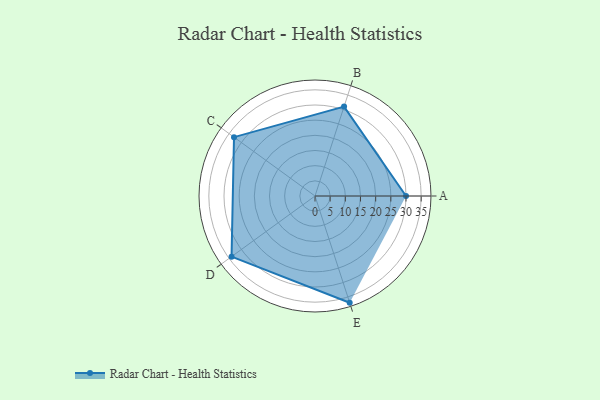
{"axis": {"x": "Skill", "y": "Score"}, "legend": ["Profile"], "data": [{"x": "A", "y": 30.0, "type": "Profile"}, {"x": "B", "y": 31.0, "type": "Profile"}, {"x": "C", "y": 33.0, "type": "Profile"}, {"x": "D", "y": 34.0, "type": "Profile"}, {"x": "E", "y": 37.0, "type": "Profile"}]}